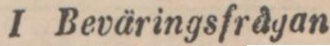
I Beväringsfrågan